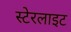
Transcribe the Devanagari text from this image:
स्टेरलाइट